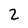
Character: 2